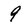
Character: 9